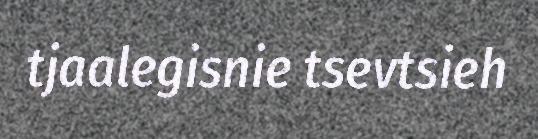
tjaalegisnie tsevtsieh